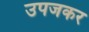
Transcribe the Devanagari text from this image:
उपजकर